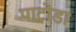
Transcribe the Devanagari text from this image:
पाटोडा